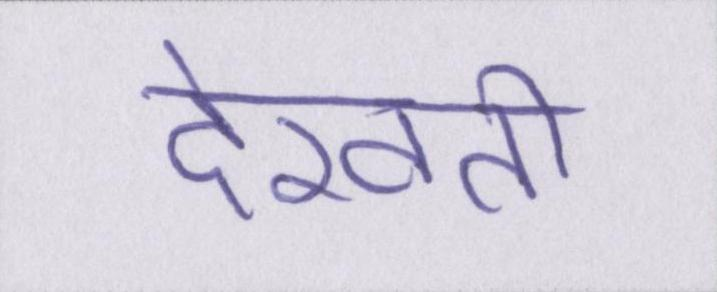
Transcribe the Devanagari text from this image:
देखती